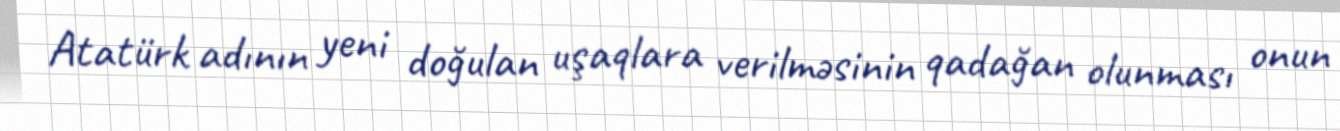
Atatürk adının yeni doğulan uşaqlara verilməsinin qadağan olunması onun